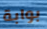
بوابة